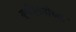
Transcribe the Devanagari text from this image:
यूपीएससीच्या